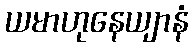
ယမာဟုနေယျာနံ